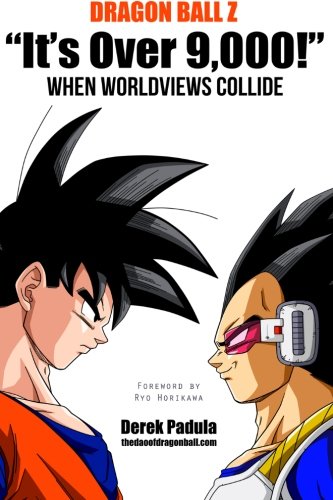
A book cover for Dragon Ball Z "It's Over 9,000!" When Worldviews Collide; Derek Padula; Comics & Graphic Novels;